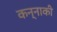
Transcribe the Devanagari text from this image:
कन्नाकी